Indian journal of veterinary science and animal husbandry - Volume 8,
Year: 1938
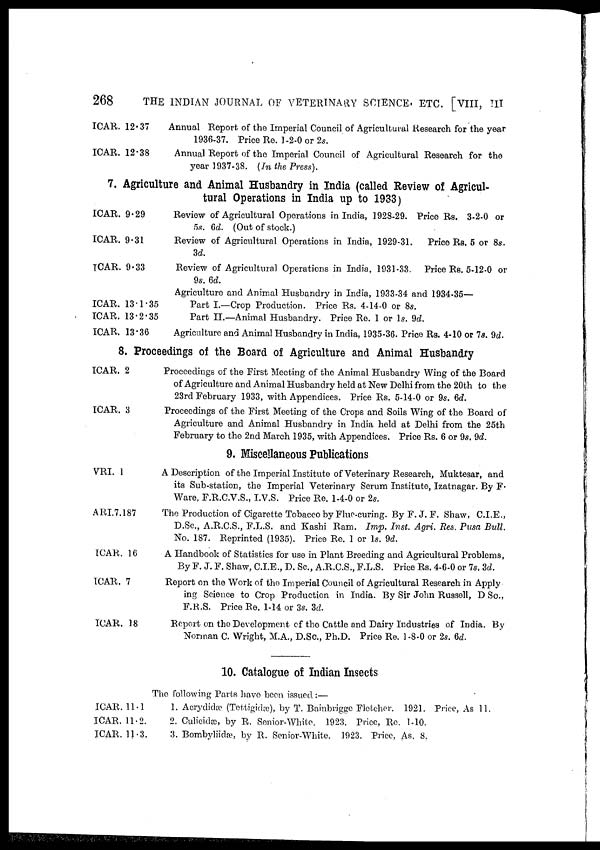
268
THE INDIAN JOURNAL OF VETERINARY SCIENCE ETC. [VIII, III
ICAR. 12.37
ICAR. 12.38
Annual Report of the Imperial Council of Agricultural Research for the year
1936-37. Price Re. 1 -2-0 or 2s.
Annual Report of the Imperial Council of Agricultural Research for the
year 1937-38. (In the Press).
7. Agriculture and Animal Husbandry in India (called Review of Agricul-
ICAR. 9.29
ICAR. 9.31
ICAR. 9.33
ICAR. 13.1.35
ICAR. 13.2.35
ICAR. 13.36
tural Operations in India up to 1933)
Review of Agricultural Operations in India, 1928-29. Price Rs. 3-2-0 or
5.9. 6d. (Out of stock.)
Review of Agricultural Operations in India, 1929-31. Price Rs. 5 or 8s.
3d.
Review of Agricultural Operations in India, 1931-33. Price Rs. 5-12-0 or
9s. 6d.
Agriculture and Animal Husbandry in India, 1933-34 and 1934-35—
Part I.—Crop Production. Price Rs. 4-14-0 or 8s.
Part II.—Animal Husbandry. Price Re. 1 or 1s. 9d.
Agriculture and Animal Husbandry in India, 1935-36. Price Rs. 4-10 or 7s. 9d.
8. Proceedings of the Board of Agriculture and Animal Husbandry
ICAR. 2
ICAR. 3
VRI. 1
ARI.7.187
ICAR. 16
ICAR. 7
ICAR. 18
Proceedings of the First Meeting of the Animal Husbandry Wing of the Board
of Agriculture and Animal Husbandry held at New Delhi from the 20th to the
23rd February 1933, with Appendices. Price Rs. 5-14-0 or 9s. 6d.
Proceedings of the First Meeting of the Crops and Soils Wing of the Board of
Agriculture and Animal Husbandry in India held at Delhi from the 25th
February to the 2nd March 1935, with Appendices. Price Rs. 6 or 9s. 9d.
9. Miscellaneous Publications
A Description of the Imperial Institute of Veterinary Research, Muktesar, and
its Sub-station, the Imperial Veterinary Serum Institute, Izatnagar. By F.
Ware, F.R.C.V.S., I.V.S. Price Re. 1-4-0 or 2s.
The Production of Cigarette Tobacco by Flue-curing. By F. J. F. Shaw, C.I.E.,
D.Sc., A.R.C.S., F.L.S. and Kashi Ram. Imp. Inst. Agri. Res. Pusa Bull.
No. 187. Reprinted (1935). Price Re. 1 or 1s. 9d.
A Handbook of Statistics for use in Plant Breeding and Agricultural Problems,
By F. J. F. Shaw, C.I.E., D. Sc., A.R.C.S., F.L.S. Price Rs. 4-6-0 or 7s. 3d.
Report on the Work of the Imperial Council of Agricultural Research in Apply
ing Science to Crop Production in India. By Sir John Russell, D Sc.,
F.R.S. Price Re. 1-14 or 3s. 3d.
Report on the Development of the Cattle and Dairy Industries of India. By
Norman C. Wright, M.A., D.Sc, Ph.D. Price Re. 1 -8-0 or 2s. 6d.
10. Catalogue of Indian Insects
The following Parts have been issued:—
ICAR. 11.1
ICAR. 11.2.
ICAR. 11.3.
1. Acrydidæ (Tettigidæ), by T. Bainbrigge Fletcher. 1921. Price, As 11.
2. Culicidæ, by R. Senior-White. 1923. Price, Re. 1-10.
3. Bombyliidæ, by R. Senior-White. 1923. Price, As. 8.